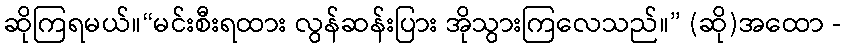
ဆိုကြရမယ်။“မင်းစီးရထား လွန်ဆန်းပြား အိုသွားကြလေသည်။” (ဆို)အထော -